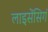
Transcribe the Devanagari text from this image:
लाइसेंसिगं